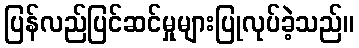
ပြန်လည်ပြင်ဆင်မှုများပြုလုပ်ခဲ့သည်။